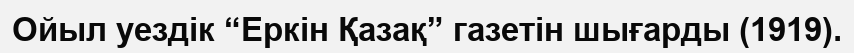
Ойыл уездік “Еркін Қазақ” газетін шығарды (1919).